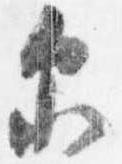
示